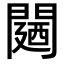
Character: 𮤛